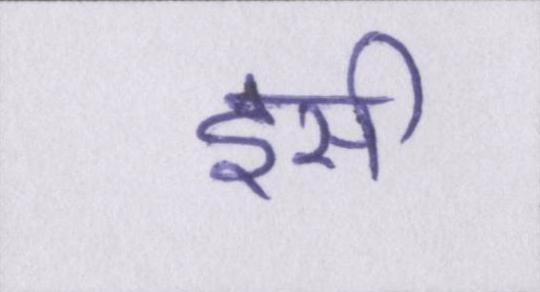
इसी